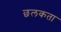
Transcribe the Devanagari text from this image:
छलकता